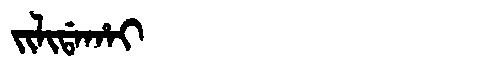
Manchu: ᠵᡳᠯᡳᡩᠠᡥᠠᡳ
Romanization: JILIDAHAI